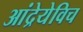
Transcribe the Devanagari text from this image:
आंद्रेयेविच